Leprosy in India: report of the Leprosy Commission in India, 1890-91
Year: 1890
Disease focus: Leprosy
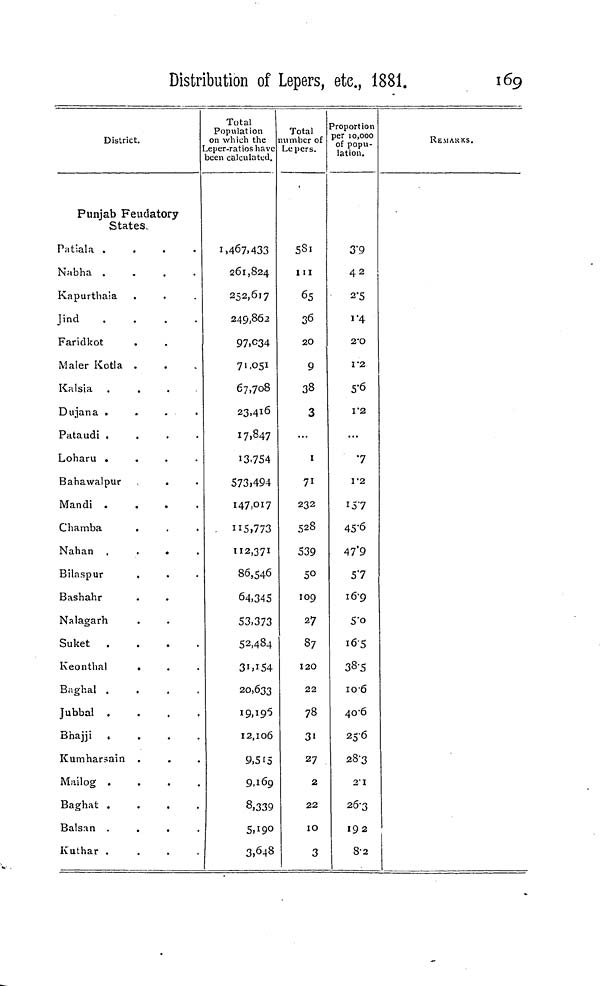
Distribution of Lepers, etc., 1881.
169
District.
Punjab Feudatory
States.
Patiala
.
.
.
.
Nabha
.
.
.
.
Kapurthaia
J i n d
.
.
.
.
Faridkot
Maler Kotla .
Kalsia
Dujana
.
.
.
.
Pataudi
.
.
.
.
Loharu
.
.
.
.
Bahawalpur
Mandi
.
.
.
.
Chamba
Nahan
.
.
.
.
Bilaspur
.
Bashahr
Nalagarh
Suket
.
.
.
.
Keonthal
B . i g h a l
.
.
.
.
Jubbal .
Bhajji *
Kumharsain .
Mailog .
B a g h a t
.
.
.
.
B a l s a n
.
.
.
.
K u t h a r
.
.
.
.
Total
Population
on which thê
per-ratios have
seen calculated.
1,467,433
261,824
252,617
249,862
97.C34
71.051
67,708
23,416
17.847
13,754
573,494
147,017
"5,773
112,371
86,546
64.345
53,373
52,484
31,154
20,633
19,195
12,106
9,515
9,169
8,339
5,19°3
,648
Total
umber of
Lepers.
5Sl
I 11
65
36
2O
9
38
3
1
71
232
528
539
5°1
09
27
87
120
22
78
3i
27
2
22
10
3
3 roportion
per 10,000
of popu-
lation.
3'9
42
2'5
1'4
2X>
I'2
5-6
V2
•7
1*2
157
45'6
47*9
57
i6'9
5'o
i65
38-5
106
40'6
256
28-3
i' i
26-3
19 2
8-a
REMARKS.